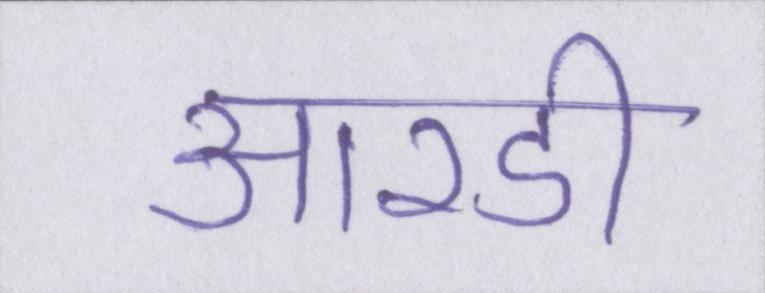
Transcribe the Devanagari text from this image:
आरडी